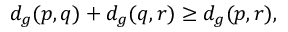
d _ { g } ( p , q ) + d _ { g } ( q , r ) \geq d _ { g } ( p , r ) ,